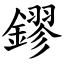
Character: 鏐